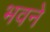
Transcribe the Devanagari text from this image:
भवने